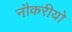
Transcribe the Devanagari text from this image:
नौकरीयो